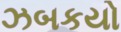
ઝબકયો